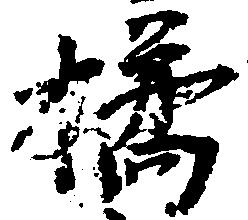
橘